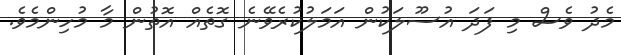
މެދު ވެސް މި ފަދަ އުސޫލަކުން އަމަލުކުރެވޭނެ ގޮތެއް އޮތުން މާ މުހިންމެވެ.